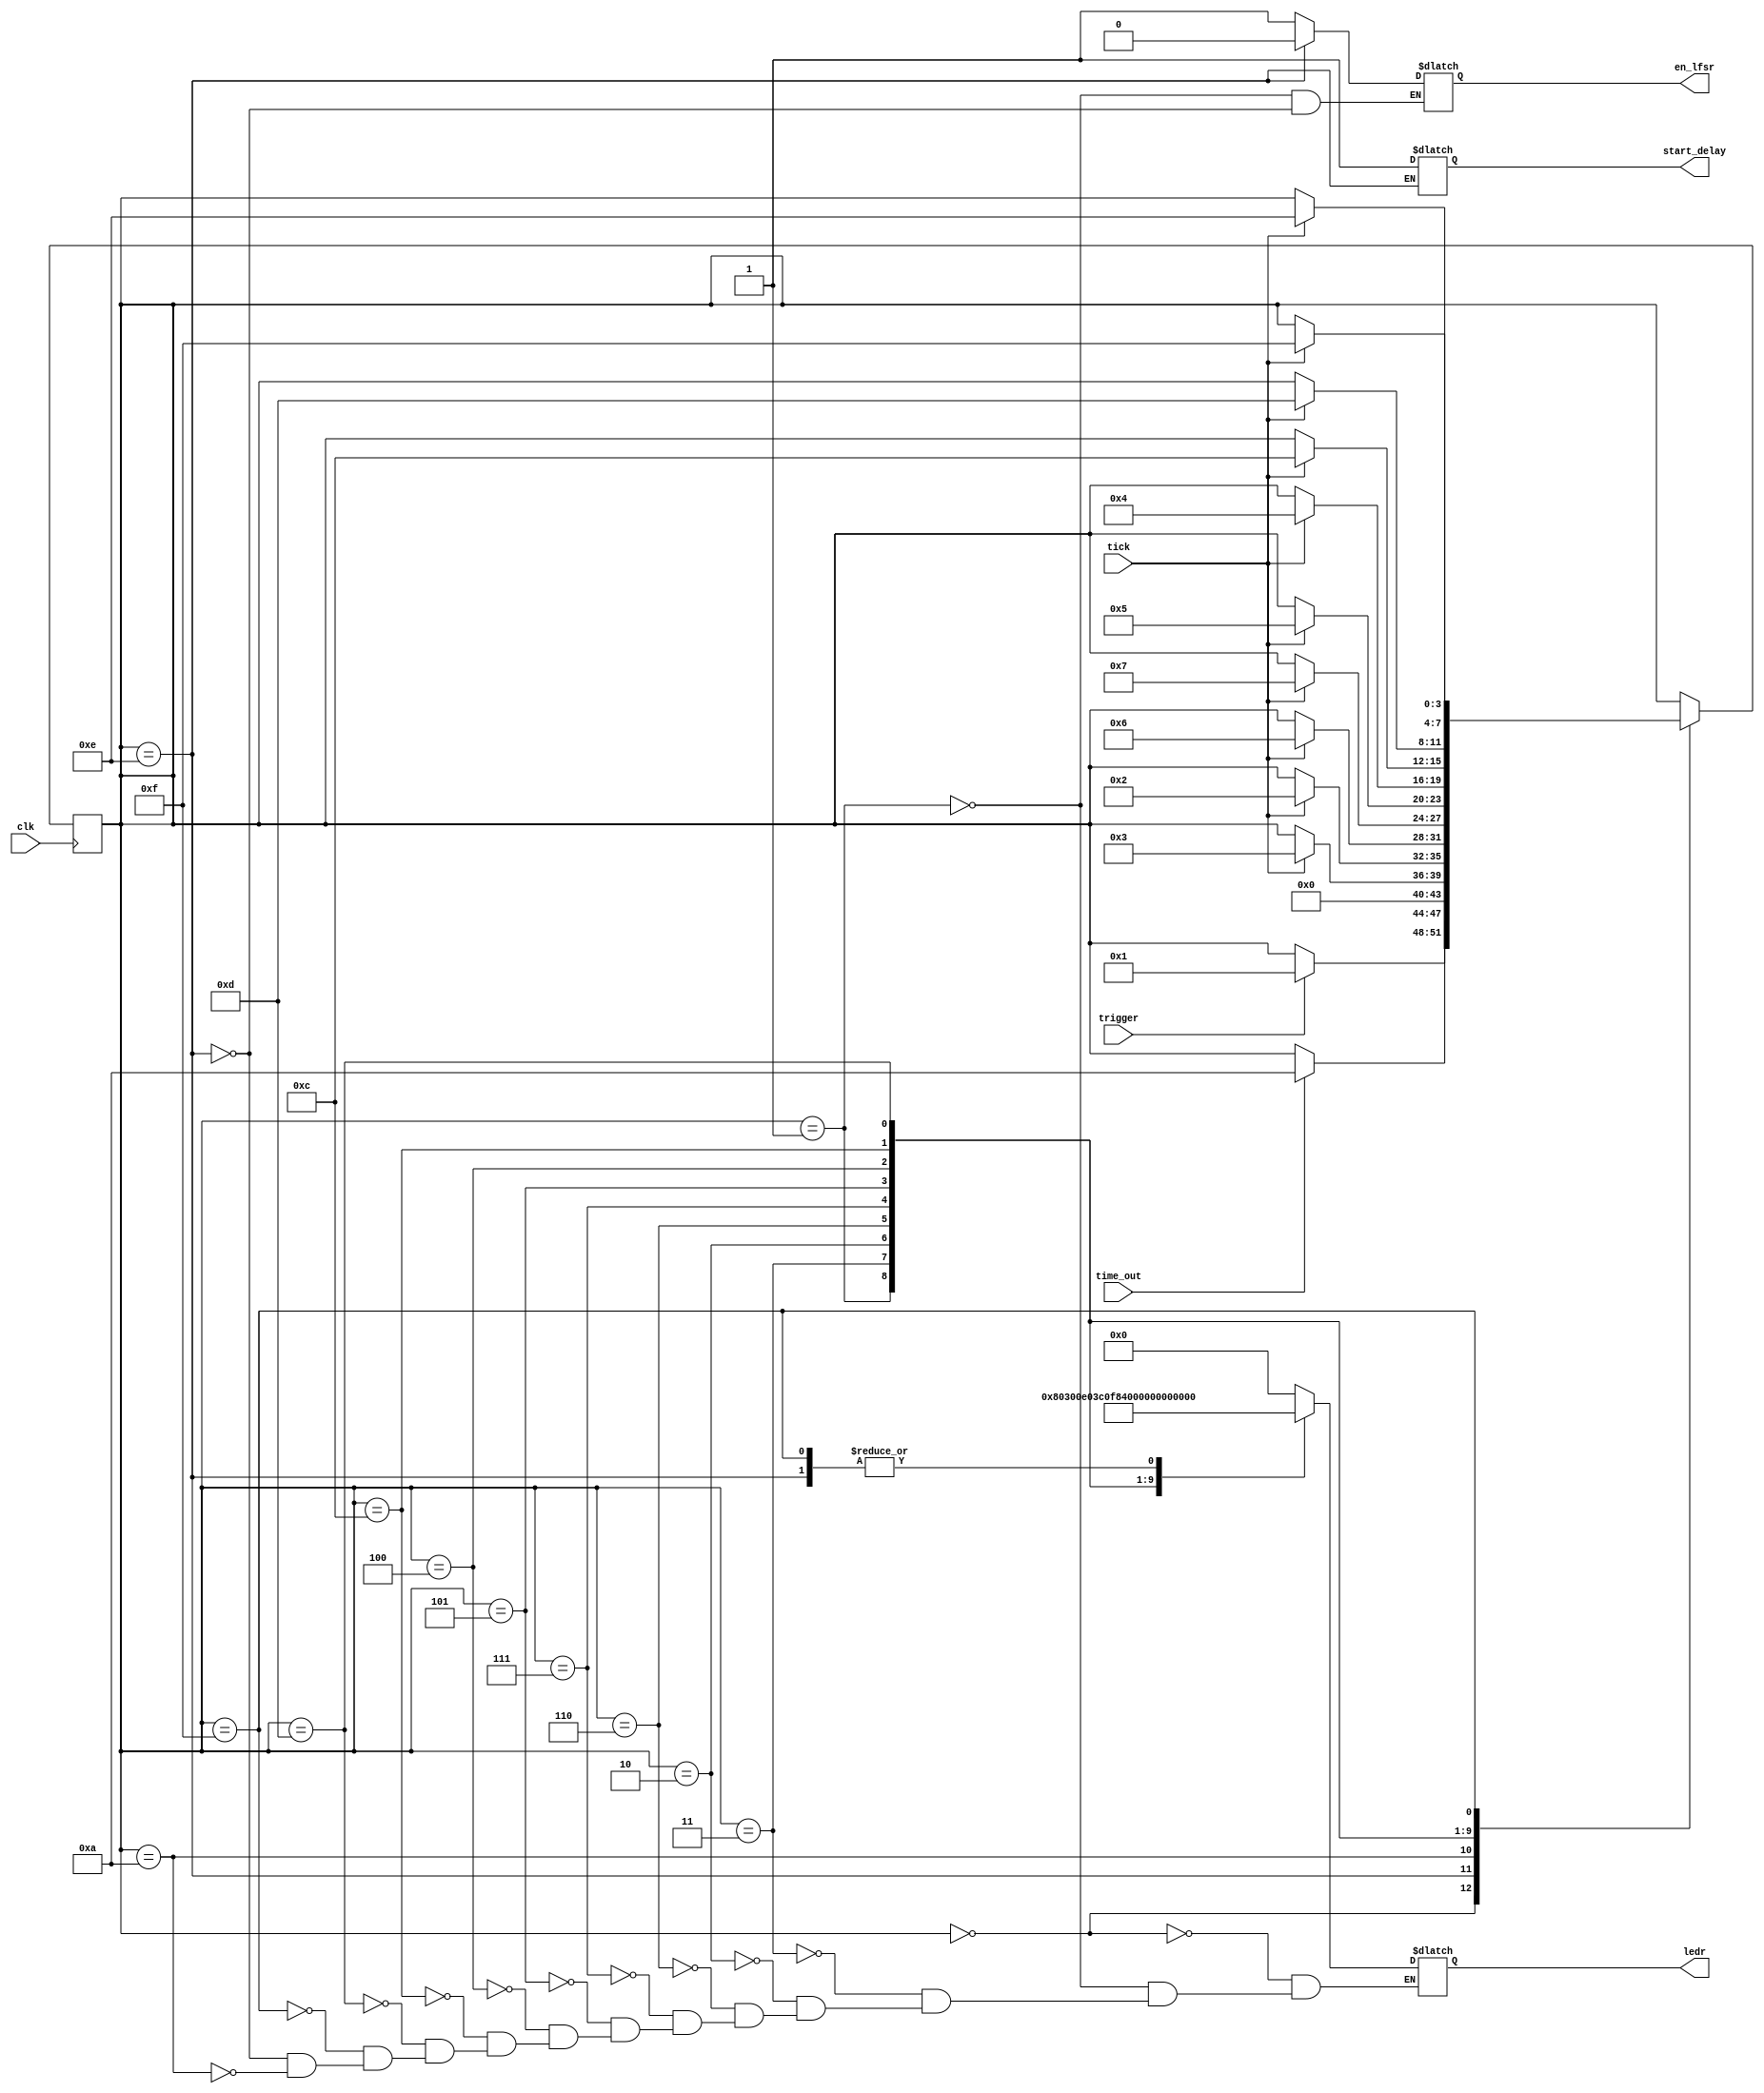
module fsm(clk, tick, trigger, time_out, en_lfsr, start_delay, ledr);
	parameter BIT_SZ = 13;

	input clk, tick, trigger, time_out;
	output reg en_lfsr, start_delay;
	output reg [9:0] ledr;
	reg[3:0] state;

//Defining the states
	parameter IDLE 			= 4'b0000,
		  	  FIRST_LED 	= 4'b0001,
		  	  SECOND_LED 	= 4'b0011,
		  	  THIRD_LED 	= 4'b0010,
		  	  FOURTH_LED 	= 4'b0110,
		  	  FIFTH_LED 	= 4'b0111,
		  	  SIXTH_LED 	= 4'b0101,
		  	  SEVENTH_LED 	= 4'b0100,
		  	  EIGHTH_LED 	= 4'b1100,
		  	  NINTH_LED 	= 4'b1101,
		  	  TENTH_LED		= 4'b1111,
		  	  DELAY 		= 4'b1110,
		  	  TURNOFF 		= 4'b1010;

	initial state = IDLE;

	always @(posedge clk)
		case (state)
			IDLE 			: if (trigger==1'b1) state<= FIRST_LED;
			DELAY 			: if (time_out==1'b1) state <= TURNOFF;
			TURNOFF 		: state <= IDLE;
			FIRST_LED 		: if (tick == 1'b1) state <= SECOND_LED;
			SECOND_LED 		: if (tick == 1'b1) state <= THIRD_LED;
			THIRD_LED 		: if (tick == 1'b1) state <= FOURTH_LED;
			FOURTH_LED 		: if (tick == 1'b1) state <= FIFTH_LED;
			FIFTH_LED 		: if (tick == 1'b1) state <= SIXTH_LED;
			SIXTH_LED 		: if (tick == 1'b1) state <= SEVENTH_LED;
			SEVENTH_LED 	: if (tick == 1'b1) state <= EIGHTH_LED;
			EIGHTH_LED 		: if (tick == 1'b1) state <= NINTH_LED;
			NINTH_LED 		: if (tick == 1'b1) state <= TENTH_LED;
			TENTH_LED		: if (tick == 1'b1) state <= DELAY;
		default: ;
	endcase // state

	always @(*)
		case (state)
			IDLE 			: ledr[9:0] <= 10'b0000000000;
			FIRST_LED 		: begin ledr[9:0] <= 10'b1000000000;
									en_lfsr <= 1'b1; end
			SECOND_LED 		: ledr[9:0] <= 10'b1100000000;
			THIRD_LED 		: ledr[9:0] <= 10'b1110000000;
			FOURTH_LED 		: ledr[9:0] <= 10'b1111000000;
			FIFTH_LED 		: ledr[9:0] <= 10'b1111100000;
			SIXTH_LED 		: ledr[9:0] <= 10'b1111110000;
			SEVENTH_LED 	: ledr[9:0] <= 10'b1111111000;
			EIGHTH_LED 		: ledr[9:0] <= 10'b1111111100;
			NINTH_LED 		: ledr[9:0] <= 10'b1111111110;
			TENTH_LED		: ledr[9:0] <= 10'b1111111111;
			DELAY 			: begin start_delay <= 1'b1;
									en_lfsr <= 1'b0;
							     	ledr[9:0] <= 10'b1111111111; end
			TURNOFF 		   : ledr[9:0] <= 10'b0000000000;

		default: ;
	endcase

endmodule